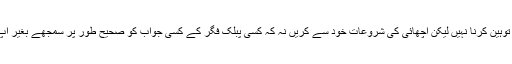
میرا مقصد کسی کی توہین کرنا نہیں لیکن اچھائی کی شروعات خود سے کریں نہ کہ کسی پبلک فگر کے کسی جواب کو صحیح طور پر سمجھے بغیر آپ اپنے نمبر بڑھائیں۔